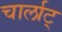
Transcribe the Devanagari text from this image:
चार्लाट्